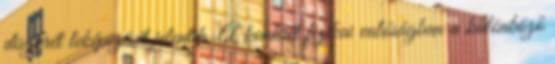
diszkrét leképezését jelentik. A konkrét fizikai valóságban a különböző